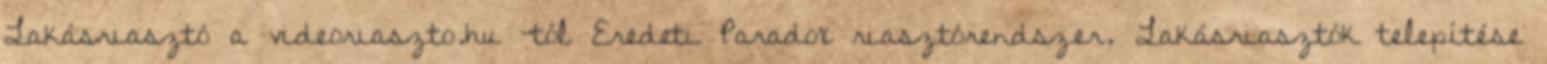
Lakásriasztó a videoriaszto.hu -tól Eredeti Paradox riasztórendszer. Lakásriasztók telepítése